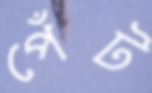
পেঁট